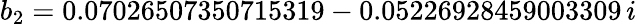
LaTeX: b_{2}=0.07026507350715319-0.05226928459003309\, i